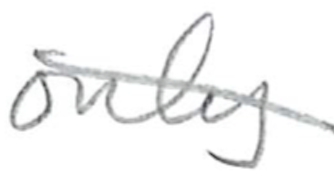
Text: only
Cross-out: diagonal
Writing tool: pencil